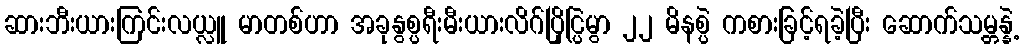
ဆားဘီးယားကြင်းလယ္လူ မာတစ်ဟာ အခုနွစ္ပရီးမီးယားလိဂ်ပြိုင္ပြဲမွာ ၂၂ မိနစ္ပဲ ကစားခြင့်ရခဲ့ပြီး ဆောက်သမ္တန္နဲ့